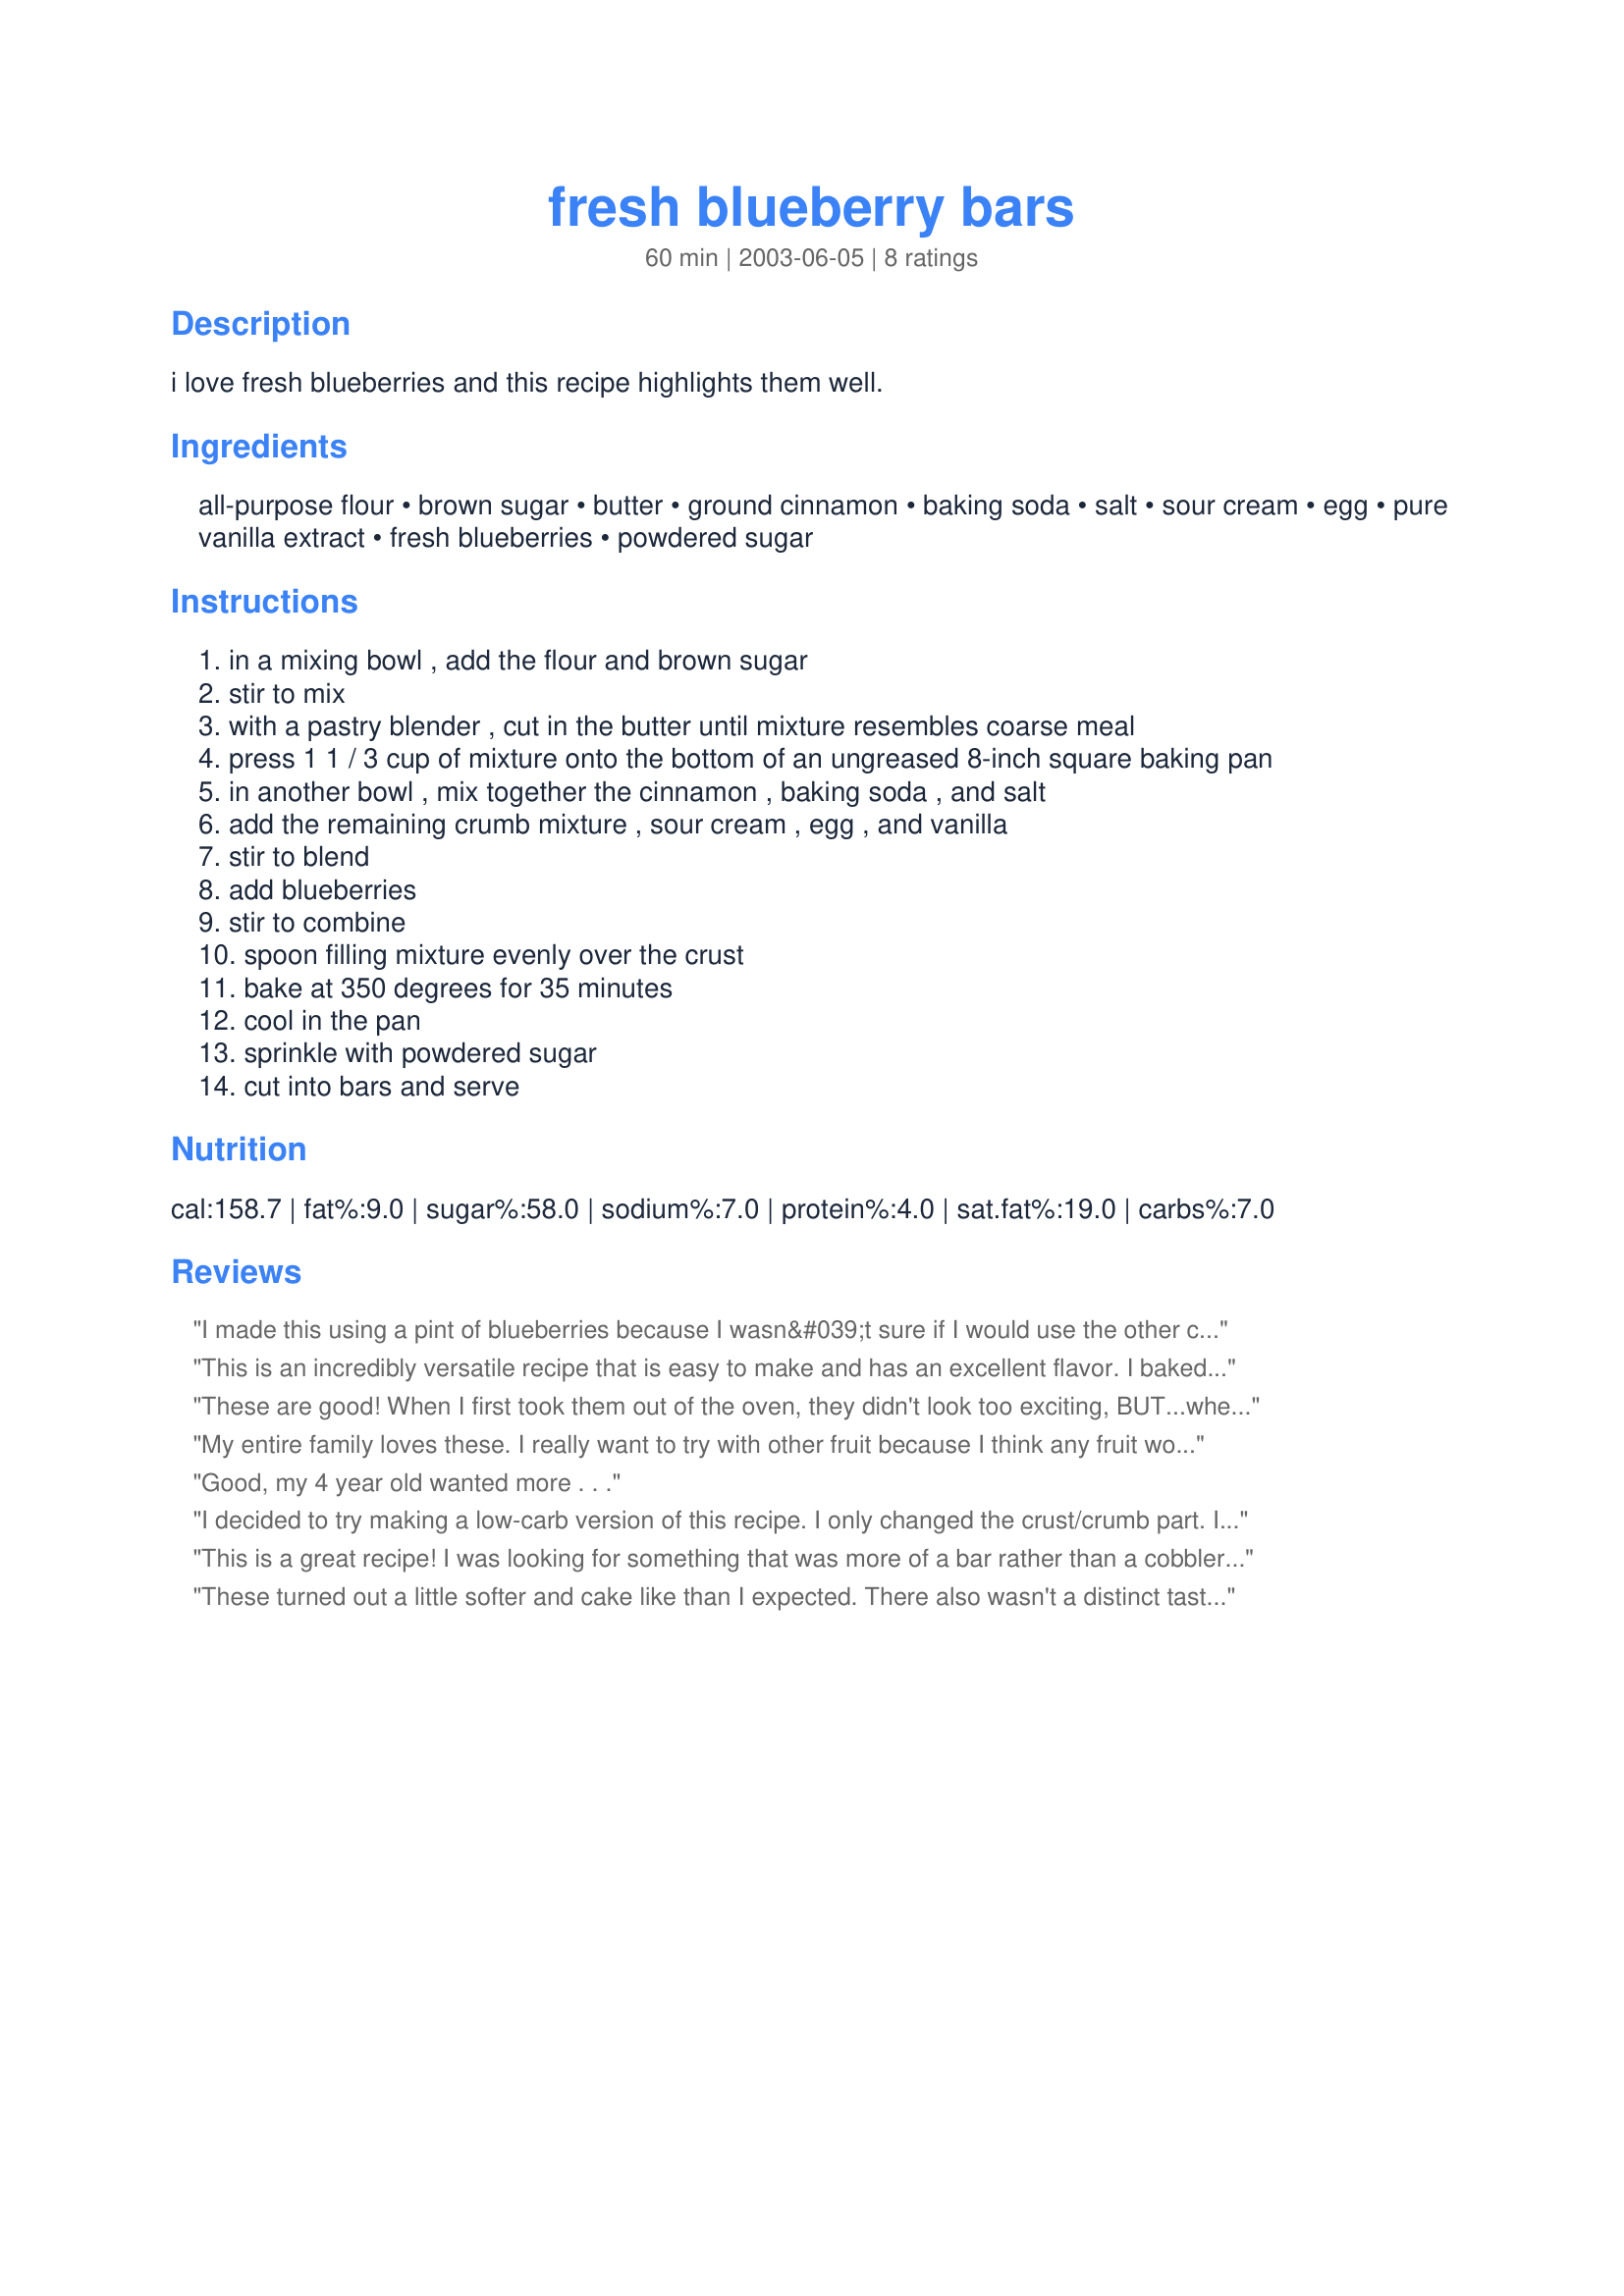
fresh blueberry bars
Preparation time: 60 minutes

i love fresh blueberries and this recipe highlights them well.

Ingredients:
all-purpose flour, brown sugar, butter, ground cinnamon, baking soda, salt, sour cream, egg, pure vanilla extract, fresh blueberries, powdered sugar

Steps:
in a mixing bowl , add the flour and brown sugar
stir to mix
with a pastry blender , cut in the butter until mixture resembles coarse meal
press 1 1 / 3 cup of mixture onto the bottom of an ungreased 8-inch square baking pan
in another bowl , mix together the cinnamon , baking soda , and salt
add the remaining crumb mixture , sour cream , egg , and vanilla
stir to blend
add blueberries
stir to combine
spoon filling mixture evenly over the crust
bake at 350 degrees for 35 minutes
cool in the pan
sprinkle with powdered sugar
cut into bars and serve

Reviews:
I made this using a pint of blueberries because I wasn&#039;t sure if I would use the other cup of my pint in something else. I put it in a 7X11 pan. Fabulous! So easy to make that I read the recipe 3 times to make sure I wasn&#039;t forgetting something. The farmers at my table gave it an A++ so for me, that equals 5 stars! Thanks for sharing.
This is an incredibly versatile recipe that is easy to make and has an excellent flavor. I baked the blueberry bars while we ate dinner and served them hot with vanilla icecream. Next time I think they'll make a good breakfast.
These are good! When I first took them out of the oven, they didn't look too exciting, BUT...when I cut them into bars, and the blueberries and crust showed through, the bars looked a lot more appetizing! As the family tucked into them, one of the kids shouted, "Mom, these are YUMMY!" As well as sprinkling the bars with powdered sugar, I also decorated mine with whipping cream. We enjoyed this unique and tasty dessert!
My entire family loves these. I really want to try with other fruit because I think any fruit would be amazing. I cooked them less so they are more gooey and moist. Great for breakfast or dessert... YUM!
Good, my 4 year old wanted more . . .
I decided to try making a low-carb version of this recipe. I only changed the crust/crumb part. I used 2/3 cup of Atkins bake mix, instead of flour (you could use soy flour too), 3/4 cup of Splenda, and 3 tbs of butter. I also added extra blueberries to the top and then some ground, freshly toasted almonds.
This is a great recipe! I was looking for something that was more of a bar rather than a cobbler or muffin and this fit the bill. I took it into my office soon after taking it out of the oven and it was enjoyed by many, and quickly gone. I will certainly make this again....
These turned out a little softer and cake like than I expected. There also wasn't a distinct taste difference between the bottom layer and the top layer. But overall, these were very pleasant and light tasting, a great way to use up blueberries!
